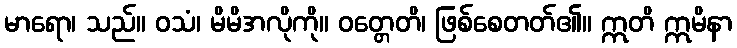
မာရော၊ သည်။ ဝသံ၊ မိမိအလိုကို။ ဝတ္တေတိ၊ ဖြစ်စေတတ်၏။ ဣတိ ဣမိနာ